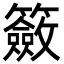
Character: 籢